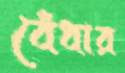
বেঁধার